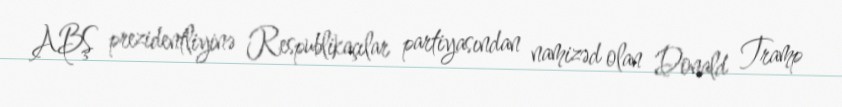
ABŞ prezidentliyinə Respublikaçılar partiyasından namizəd olan Donald Tramp